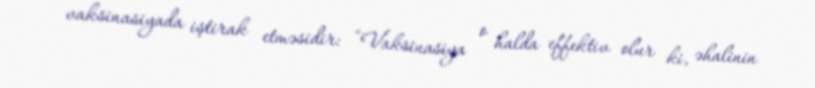
vaksinasiyada iştirak etməsidir: “Vaksinasiya o halda effektiv olur ki, əhalinin